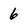
Character: 6